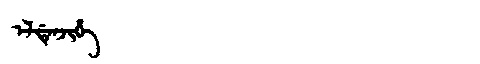
Manchu: ᡝᠯᡩᡝᠨᠵᡳᡥᡝ
Romanization: ELDENJIHE